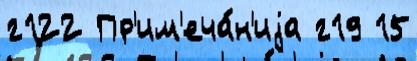
г122 Пр'им'еча́н'иjа г19 15